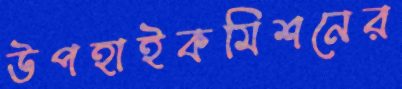
উপহাইকমিশনের